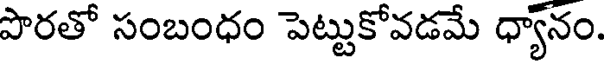
పొరతో సంబంధం పెట్టుకోవడమే ధ్యానం.